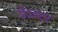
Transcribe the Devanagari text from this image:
ईऽस्टर